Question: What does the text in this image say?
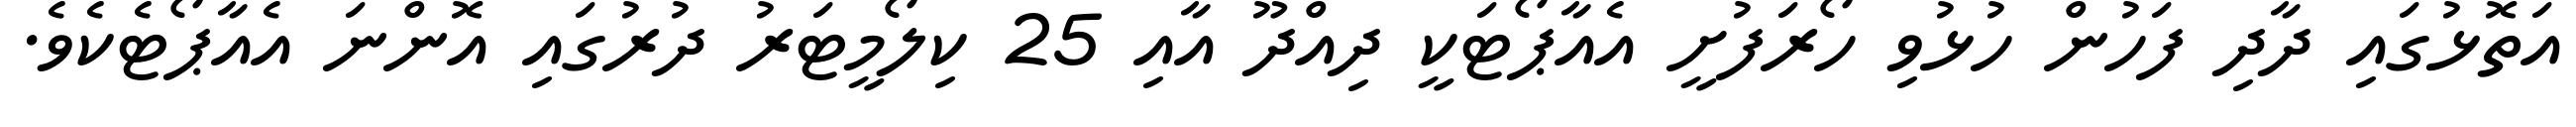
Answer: އަތޮޅުގައި ދާދި ފަހުން ހުޅުވި ހޯރަފުށީ އެއާޕޯޓަކީ ދިއްދޫ އާއި 25 ކިލޯމީޓަރު ދުރުގައި އޮންނަ އެއާޕޯޓެކެވެ.